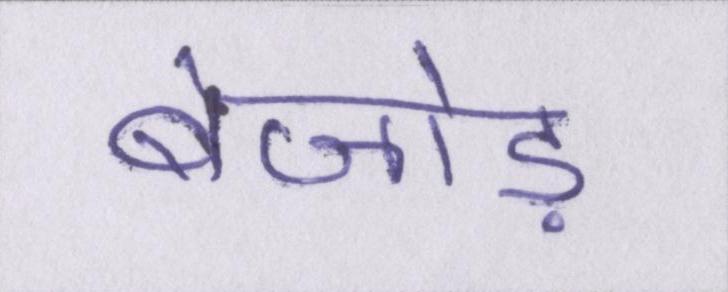
बेजोड़